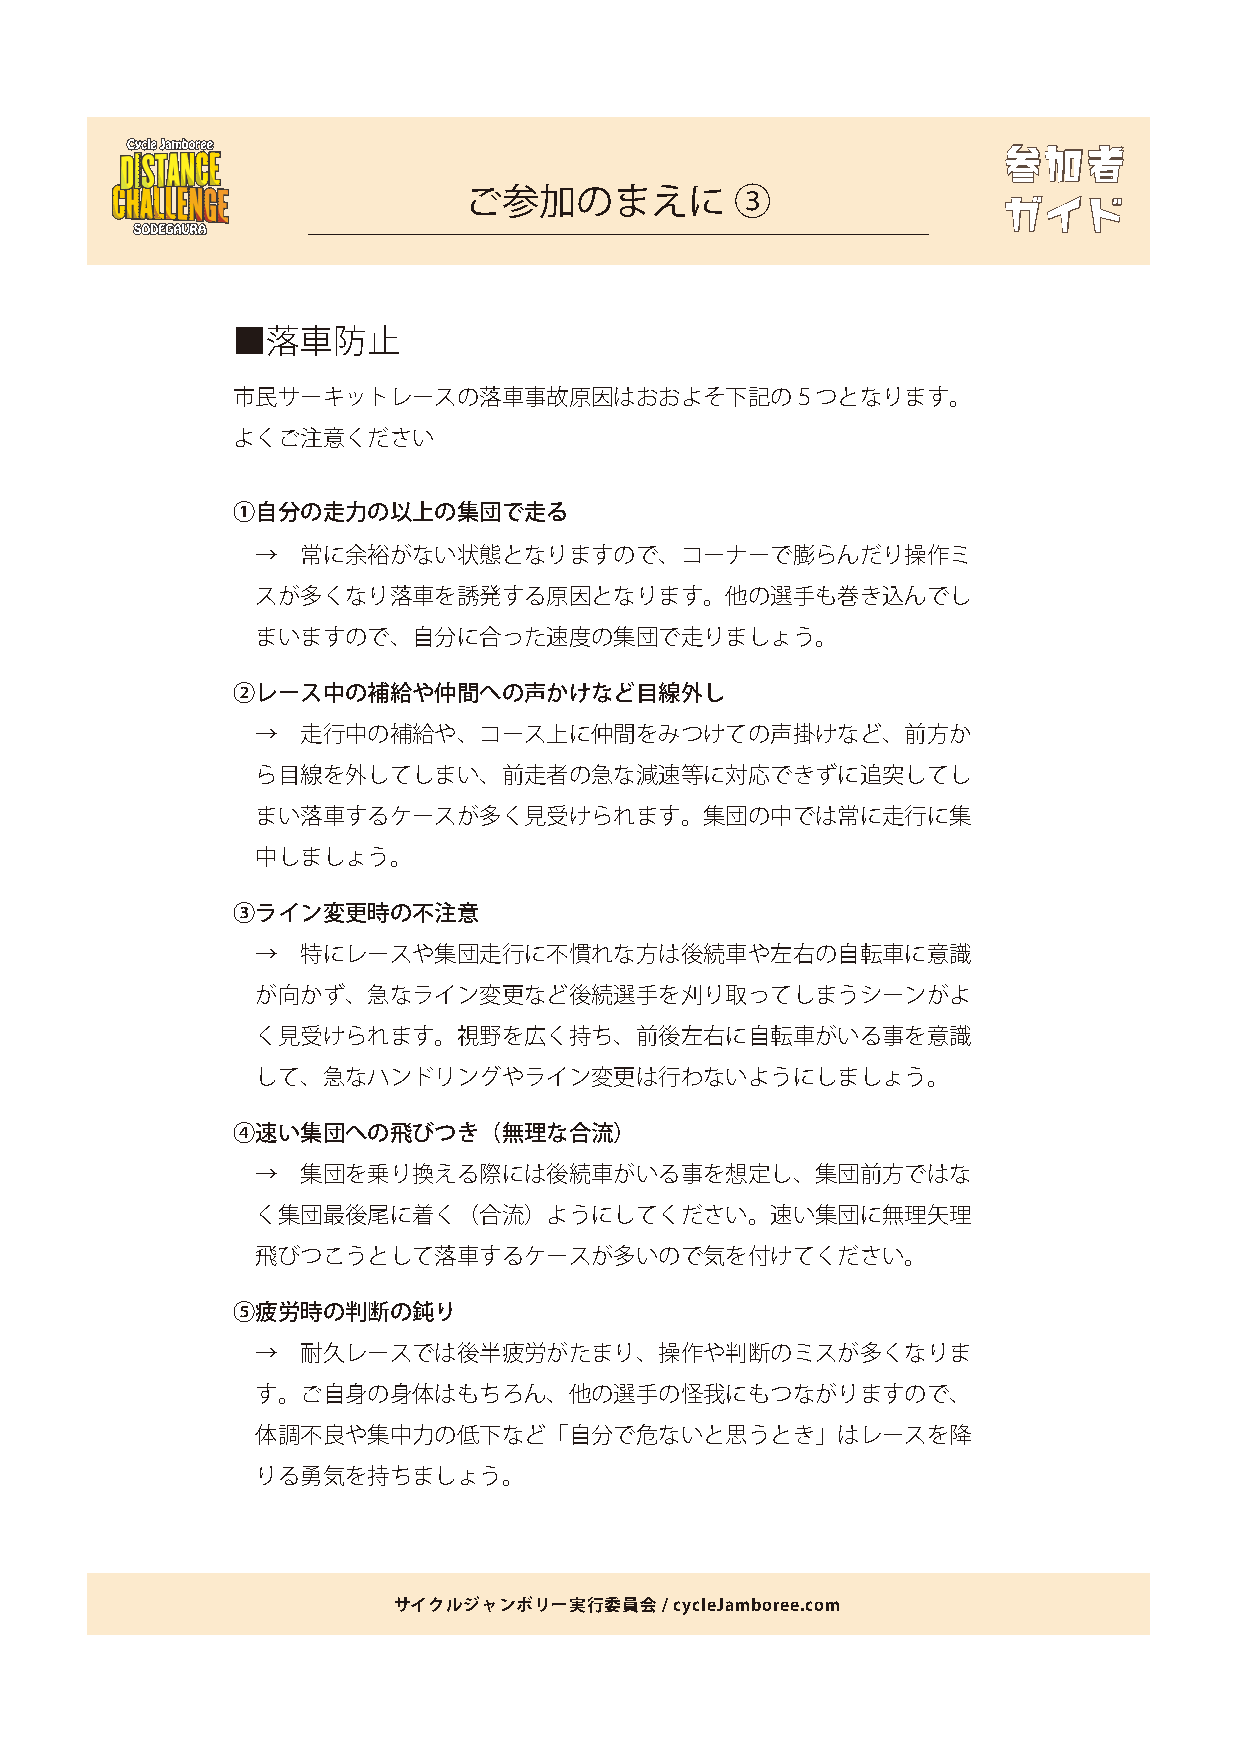
参参加加者者
 ご参加のまえに           ③                ガガイイドド
 ■落車防止
 市民サーキットレースの落車事故原因はおおよそ下記の５つとなります。
 よくご注意ください
 ①自分の走力の以上の集団で走る
 →  常に余裕がない状態となりますので、コーナーで膨らんだり操作ミ
 スが多くなり落車を誘発する原因となります。他の選手も巻き込んでし
 まいますので、自分に合った速度の集団で走りましょう。
 ②レース中の補給や仲間への声かけなど目線外し
 →  走行中の補給や、コース上に仲間をみつけての声掛けなど、前方か
 ら目線を外してしまい、前走者の急な減速等に対応できずに追突してし
 まい落車するケースが多く見受けられます。集団の中では常に走行に集
 中しましょう。
 ③ライン変更時の不注意
 →  特にレースや集団走行に不慣れな方は後続車や左右の自転車に意識
 が向かず、急なライン変更など後続選手を刈り取ってしまうシーンがよ
 く見受けられます。視野を広く持ち、前後左右に自転車がいる事を意識
 して、急なハンドリングやライン変更は行わないようにしましょう。
 ④速い集団への飛びつき（無理な合流）
 →  集団を乗り換える際には後続車がいる事を想定し、集団前方ではな
 く集団最後尾に着く（合流）ようにしてください。速い集団に無理矢理
 飛びつこうとして落車するケースが多いので気を付けてください。
 ⑤疲労時の判断の鈍り
 →  耐久レースでは後半疲労がたまり、操作や判断のミスが多くなりま
 す。ご自身の身体はもちろん、他の選手の怪我にもつながりますので、
 体調不良や集中力の低下など「自分で危ないと思うとき」はレースを降
 りる勇気を持ちましょう。
 サイクルジャンボリー実行委員会   / cycleJamboree.com